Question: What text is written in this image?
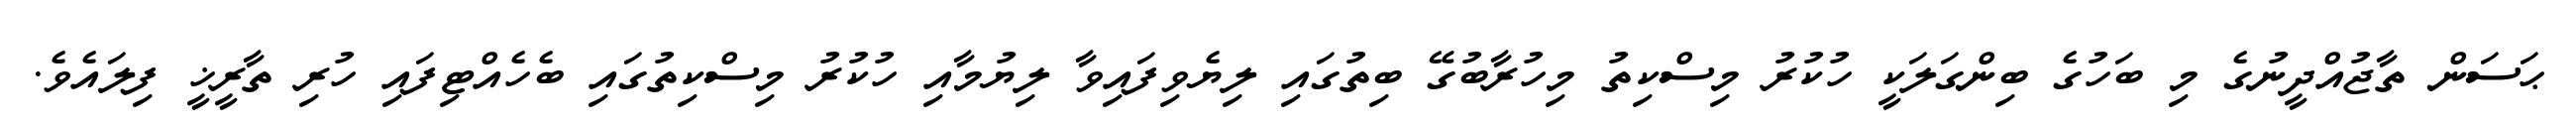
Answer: ޙަސަން ތާޖުއްދީނުގެ މި ބަހުގެ ބިންގަލަކީ ހުކުރު މިސްކިތު މިހުރާބުގޭ ބިތުގައި ލިޔެވިފައިވާ ލިޔުމާއި ހުކުރު މިސްކިތުގައި ބެހެއްޓިފައި ހުރި ތާރީޚީ ފިލައެވެ.